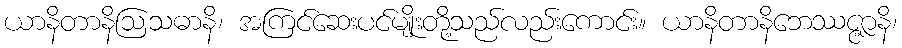
ယာနိတာနိဩသဓာနိ၊ အကြင်ဆေးပင်မျိုးတို့သည်လည်းကောင်း။ ယာနိတာနိဘေဿဇ္ဇာနိ၊